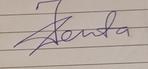
Signature authenticity: genuine